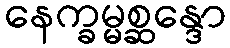
နေက္ခမ္မစ္ဆန္ဒော